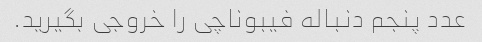
عدد پنجم دنباله فیبوناچی را خروجی بگیرید.